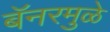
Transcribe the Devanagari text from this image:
बॅनरमुळे